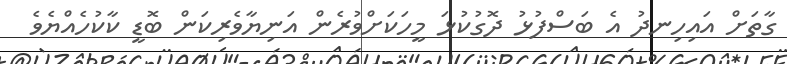
ގާތަށް އައިހިނދު އެ ބަސްފުޅު ދޮގުކުޅަ މީހަކަށްވުރެން އަނިޔާވެރިކަން ބޮޑީ ކާކުހެއްޔެވެ